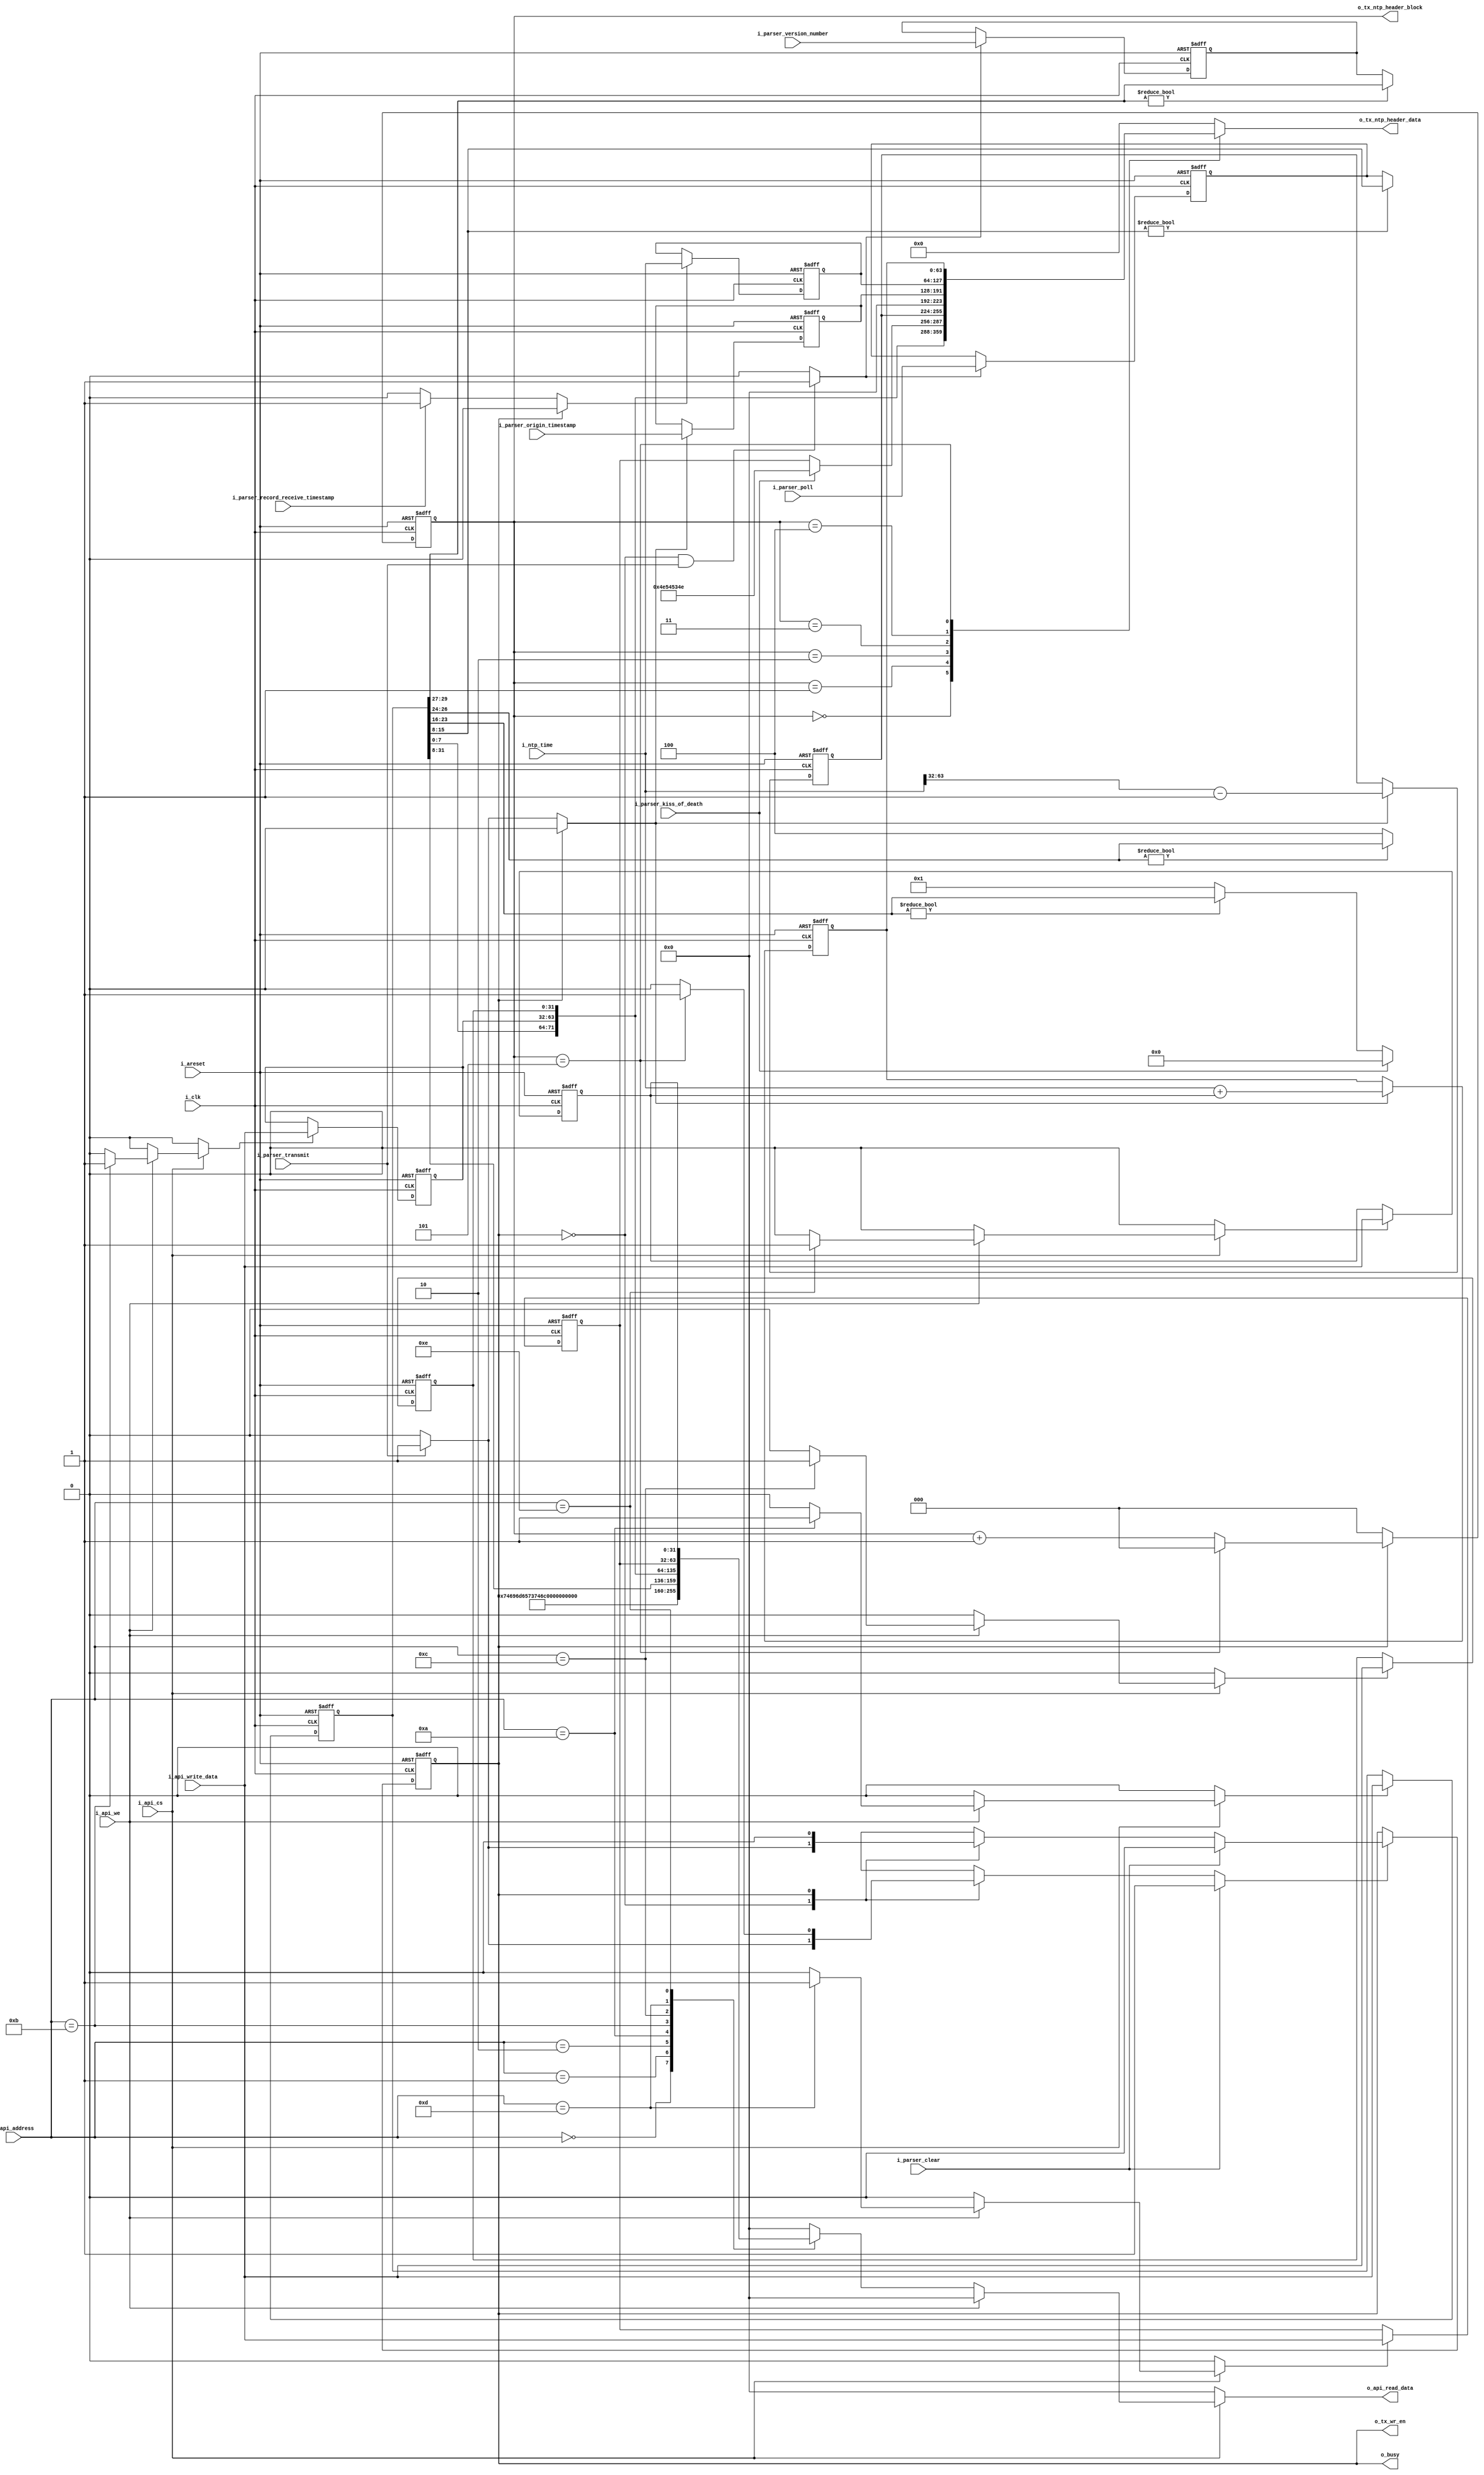
//======================================================================
//
// nts_timestamp.v
// ---------------
// NTS packet timestamp functionality.
//
//
//
//
// Copyright 2019 Netnod Internet Exchange i Sverige AB
//
// Redistribution and use in source and binary forms, with or without
// modification, are permitted provided that the following conditions
// are met:
//
// 1. Redistributions of source code must retain the above copyright
//    notice, this list of conditions and the following disclaimer.
//
// 2. Redistributions in binary form must reproduce the above copyright
//    notice, this list of conditions and the following disclaimer in
//    the documentation and/or other materials provided with the
//    distribution.
//
// 3. Neither the name of the copyright holder nor the names of its
//    contributors may be used to endorse or promote products derived
//    from this software without specific prior written permission.
//
// THIS SOFTWARE IS PROVIDED BY THE COPYRIGHT HOLDERS AND CONTRIBUTORS
// "AS IS" AND ANY EXPRESS OR IMPLIED WARRANTIES, INCLUDING, BUT NOT
// LIMITED TO, THE IMPLIED WARRANTIES OF MERCHANTABILITY AND FITNESS
// FOR A PARTICULAR PURPOSE ARE DISCLAIMED. IN NO EVENT SHALL THE
// COPYRIGHT HOLDER OR CONTRIBUTORS BE LIABLE FOR ANY DIRECT, INDIRECT,
// INCIDENTAL, SPECIAL, EXEMPLARY, OR CONSEQUENTIAL DAMAGES (INCLUDING,
// BUT NOT LIMITED TO, PROCUREMENT OF SUBSTITUTE GOODS OR SERVICES;
// LOSS OF USE, DATA, OR PROFITS; OR BUSINESS INTERRUPTION) HOWEVER
// CAUSED AND ON ANY THEORY OF LIABILITY, WHETHER IN CONTRACT, STRICT
// LIABILITY, OR TORT (INCLUDING NEGLIGENCE OR OTHERWISE) ARISING IN
// ANY WAY OUT OF THE USE OF THIS SOFTWARE, EVEN IF ADVISED OF THE
// POSSIBILITY OF SUCH DAMAGE.
//
//======================================================================

module nts_timestamp (
  input wire  i_areset, // async reset
  input wire  i_clk,

  // NTP time
  input wire  [ 63 : 0 ] i_ntp_time,

  // Timestamp module is busy. Needed by parser etc
  output wire          o_busy,


  // Parsed information
  input wire           i_parser_clear, //parser request ignore current packet
  input wire           i_parser_record_receive_timestamp,
  input wire           i_parser_transmit, //parser signal packet transmit OK
  input wire  [63 : 0] i_parser_origin_timestamp,
  input wire  [ 2 : 0] i_parser_version_number,
  input wire  [ 7 : 0] i_parser_poll,
  input wire           i_parser_kiss_of_death,

  output wire          o_tx_wr_en,
  output wire [ 2 : 0] o_tx_ntp_header_block,
  output wire [63 : 0] o_tx_ntp_header_data,

  // API access
  input wire           i_api_cs,
  input wire           i_api_we,
  input wire   [7 : 0] i_api_address,
  input wire  [31 : 0] i_api_write_data,
  output wire [31 : 0] o_api_read_data
);
  //----------------------------------------------------------------
  // API related local constants
  //----------------------------------------------------------------
  localparam ADDR_NAME0   = 8'h00;
  localparam ADDR_NAME1   = 8'h01;
  localparam ADDR_VERSION = 8'h02;

  localparam ADDR_NTP_CONFIG        = 8'h0a;
  localparam ADDR_NTP_ROOT_DELAY    = 8'h0b;
  localparam ADDR_NTP_ROOT_DISP     = 8'h0c;
  localparam ADDR_NTP_REF_ID        = 8'h0d;
  localparam ADDR_NTP_TX_OFS        = 8'h0e;

  localparam CORE_NAME0   = 32'h74696d65; //"time"
  localparam CORE_NAME1   = 32'h73746d70; //"stmp"
  localparam CORE_VERSION = 32'h302e3032; //"0.02"

  //----------------------------------------------------------------
  // NTP related locaal constants
  //----------------------------------------------------------------
  localparam        NTP_HEADER_BITS      = 384;
  localparam        NTP_HEADER_BLOCKS    = NTP_HEADER_BITS/64; //6
  localparam  [2:0] NTP_HEADER_BLOCKS_M1 = NTP_HEADER_BLOCKS[2:0] - 1;

  //----------------------------------------------------------------
  // NTS related locaal constants
  //----------------------------------------------------------------

  localparam [31:0] NTS_KISS_OF_DEATH = 32'h4e_54_53_4e; //"NTSN"

  //----------------------------------------------------------------
  // States
  //----------------------------------------------------------------

  localparam STATE_BITS = 1;

  localparam [STATE_BITS-1 : 0] STATE_IDLE      = 0;
  localparam [STATE_BITS-1 : 0] STATE_TX_WRITE  = 1;

  //----------------------------------------------------------------
  // reg
  //----------------------------------------------------------------
  reg        ntp_config_we;      // LI | VN | Mode | Stratum | Poll | Precision
  reg [31:0] ntp_config_new;     // LI | VN | Mode | Stratum | Poll | Precision
  reg [31:0] ntp_config_reg;     // LI | VN | Mode | Stratum | Poll | Precision
  reg        ntp_root_delay_we;  // Root Delay
  reg [31:0] ntp_root_delay_new; // Root Delay
  reg [31:0] ntp_root_delay_reg; // Root Delay

  reg        ntp_root_disp_we;   // Root Dispersion
  reg [31:0] ntp_root_disp_new;  // Root Dispersion
  reg [31:0] ntp_root_disp_reg;  // Root Dispersion

  reg        ntp_ref_id_we;      // Reference ID
  reg [31:0] ntp_ref_id_new;     // Reference ID
  reg [31:0] ntp_ref_id_reg;     // Reference ID

  reg        ntp_tx_ofs_we;      // TX offset
  reg [31:0] ntp_tx_ofs_new;     // TX offset
  reg [31:0] ntp_tx_ofs_reg;     // TX offset


  reg        p_client_poll_we;
  reg  [7:0] p_client_poll_new;
  reg  [7:0] p_client_poll_reg;

  reg        p_origin_timestamp_we;
  reg [63:0] p_origin_timestamp_new;
  reg [63:0] p_origin_timestamp_reg;

  reg        p_reference_timestamp_seconds_we;
  reg [31:0] p_reference_timestamp_seconds_new;
  reg [31:0] p_reference_timestamp_seconds_reg;

  reg        p_receive_timestamp_we;
  reg [63:0] p_receive_timestamp_new;
  reg [63:0] p_receive_timestamp_reg;

  reg        p_transmit_timestamp_we;
  reg [63:0] p_transmit_timestamp_new;
  reg [63:0] p_transmit_timestamp_reg;

  reg        p_version_number_we;
  reg  [2:0] p_version_number_new;
  reg  [2:0] p_version_number_reg;

  reg  [STATE_BITS-1:0] state_we;
  reg  [STATE_BITS-1:0] state_new;
  reg  [STATE_BITS-1:0] state_reg;

  reg        tx_counter_we;
  reg  [2:0] tx_counter_new; //0..5
  reg  [2:0] tx_counter_reg; //0..5

  //----------------------------------------------------------------
  // Wires.
  //----------------------------------------------------------------

  reg  [31:0] api_tmp_read_data;

  reg  [63:0] tmp_ntp_data;

  wire [63:0] ntp_ref_ts;

  wire [ 1:0] p_LI;
  wire [ 2:0] p_VN;
  wire [ 2:0] p_MODE;
  wire [ 7:0] p_STRATUM;
  wire [ 7:0] p_POLL;
  wire [ 7:0] p_PRECISION;

  wire [NTP_HEADER_BITS-1 : 0] packet;

  //----------------------------------------------------------------
  // Concurrent connectivity for ports etc.
  //----------------------------------------------------------------

  assign o_api_read_data = api_tmp_read_data;

  assign o_busy = state_reg != STATE_IDLE;

  assign ntp_ref_ts[63:32] = p_reference_timestamp_seconds_reg;
  assign ntp_ref_ts[31: 0] = 32'b0; // Fraction

  assign p_LI        = ntp_config_reg[31:30];
  assign p_VN        = ntp_config_reg[29:27] != 3'b0 ? ntp_config_reg[29:27] : p_version_number_reg;
  assign p_MODE      = ntp_config_reg[26:24] != 3'b0 ? ntp_config_reg[26:24] : 3'd4 /* NTPv4 */;
  assign p_STRATUM   = i_parser_kiss_of_death ? 8'h0 //rfc5905 7.4 Kiss-o'-Death
                     : (ntp_config_reg[23:16] != 8'b0 ? ntp_config_reg[23:16] : 8'd1);
  assign p_POLL      = ntp_config_reg[15:8]  != 8'b0 ? ntp_config_reg[15:8]  : p_client_poll_reg;
  assign p_PRECISION = ntp_config_reg[7:0];

/*
 0                   1                   2                   3
 0 1 2 3 4 5 6 7 8 9 0 1 2 3 4 5 6 7 8 9 0 1 2 3 4 5 6 7 8 9 0 1
 +-+-+-+-+-+-+-+-+-+-+-+-+-+-+-+-+-+-+-+-+-+-+-+-+-+-+-+-+-+-+-+-+
 |LI | VN  |Mode |    Stratum     |     Poll      |  Precision   |
 +-+-+-+-+-+-+-+-+-+-+-+-+-+-+-+-+-+-+-+-+-+-+-+-+-+-+-+-+-+-+-+-+
 |                         Root Delay                            |
 +-+-+-+-+-+-+-+-+-+-+-+-+-+-+-+-+-+-+-+-+-+-+-+-+-+-+-+-+-+-+-+-+
 |                         Root Dispersion                       |
 +-+-+-+-+-+-+-+-+-+-+-+-+-+-+-+-+-+-+-+-+-+-+-+-+-+-+-+-+-+-+-+-+
 |                          Reference ID                         |
 +-+-+-+-+-+-+-+-+-+-+-+-+-+-+-+-+-+-+-+-+-+-+-+-+-+-+-+-+-+-+-+-+
 |                                                               |
 +                     Reference Timestamp (64)                  +
 |                                                               |
 +-+-+-+-+-+-+-+-+-+-+-+-+-+-+-+-+-+-+-+-+-+-+-+-+-+-+-+-+-+-+-+-+
 |                                                               |
 +                      Origin Timestamp (64)                    +
 |                                                               |
 +-+-+-+-+-+-+-+-+-+-+-+-+-+-+-+-+-+-+-+-+-+-+-+-+-+-+-+-+-+-+-+-+
 |                                                               |
 +                      Receive Timestamp (64)                   +
 |                                                               |
 +-+-+-+-+-+-+-+-+-+-+-+-+-+-+-+-+-+-+-+-+-+-+-+-+-+-+-+-+-+-+-+-+
 |                                                               |
 +                      Transmit Timestamp (64)                  +
 |                                                               |
*/
  assign packet = { p_LI, p_VN, p_MODE, p_STRATUM, p_POLL, p_PRECISION,
                    ntp_root_delay_reg,
                    ntp_root_disp_reg,
                    i_parser_kiss_of_death ? NTS_KISS_OF_DEATH : ntp_ref_id_reg,
                    ntp_ref_ts,
                    p_origin_timestamp_reg,
                    p_receive_timestamp_reg,
                    p_transmit_timestamp_reg
                  };

  assign o_tx_wr_en            = (state_reg == STATE_TX_WRITE);
  assign o_tx_ntp_header_data  = tmp_ntp_data;
  assign o_tx_ntp_header_block = tx_counter_reg;

  always @*
  begin : tx_mux
    tmp_ntp_data = 0;
    case (tx_counter_reg)
      0: tmp_ntp_data = packet[NTP_HEADER_BITS -   1 : NTP_HEADER_BITS -  64 ];
      1: tmp_ntp_data = packet[NTP_HEADER_BITS -  65 : NTP_HEADER_BITS - 128 ];
      2: tmp_ntp_data = packet[NTP_HEADER_BITS - 129 : NTP_HEADER_BITS - 192 ];
      3: tmp_ntp_data = packet[NTP_HEADER_BITS - 193 : NTP_HEADER_BITS - 256 ];
      4: tmp_ntp_data = packet[NTP_HEADER_BITS - 257 : NTP_HEADER_BITS - 320 ];
      5: tmp_ntp_data = packet[NTP_HEADER_BITS - 321 : NTP_HEADER_BITS - 384 ];
      default: ;
    endcase
  end

  //----------------------------------------------------------------
  // Register update
  //----------------------------------------------------------------
  always @(posedge i_clk or posedge i_areset)
  begin : reg_update
    if (i_areset) begin
      ntp_config_reg        <= 'b0;
      ntp_root_delay_reg    <= 'b0;
      ntp_root_disp_reg     <= 'b0;
      ntp_ref_id_reg        <= 'b0;
      ntp_tx_ofs_reg        <= 'b0;

      p_client_poll_reg       <= 'b0;
      p_origin_timestamp_reg  <= 'b0;
      p_receive_timestamp_reg <= 'b0;
      p_version_number_reg    <= 'b0;

      p_reference_timestamp_seconds_reg <= 'b0;
      p_transmit_timestamp_reg <= 'b0;

      state_reg <= 'b0;

      tx_counter_reg <= 'b0;

    end else begin
      if (ntp_config_we)
        ntp_config_reg <= ntp_config_new;

      if (ntp_root_delay_we)
        ntp_root_delay_reg <= ntp_root_delay_new;

      if (ntp_root_disp_we)
        ntp_root_disp_reg <= ntp_root_disp_new;

      if (ntp_ref_id_we)
        ntp_ref_id_reg  <= ntp_ref_id_new;

      if (ntp_tx_ofs_we)
        ntp_tx_ofs_reg <= ntp_tx_ofs_new;

      if (p_client_poll_we)
        p_client_poll_reg <= p_client_poll_new;

      if (p_origin_timestamp_we)
        p_origin_timestamp_reg <= p_origin_timestamp_new;

      if (p_reference_timestamp_seconds_we)
        p_reference_timestamp_seconds_reg <= p_reference_timestamp_seconds_new;

      if (p_receive_timestamp_we)
        p_receive_timestamp_reg <= p_receive_timestamp_new;

      if (p_transmit_timestamp_we)
        p_transmit_timestamp_reg <= p_transmit_timestamp_new;

      if (p_version_number_we)
        p_version_number_reg <= p_version_number_new;

      if (state_we)
        state_reg <= state_new;

      if (tx_counter_we)
        tx_counter_reg <= tx_counter_new;

    end
  end

  //----------------------------------------------------------------
  // timpestamps
  //----------------------------------------------------------------

  always @*
  begin : rx_timing
    p_origin_timestamp_we   = 'b0;
    p_receive_timestamp_we  = 'b0;
    p_transmit_timestamp_we = 'b0;
    p_reference_timestamp_seconds_we = 'b0;

    p_origin_timestamp_new   = i_parser_origin_timestamp;
    p_receive_timestamp_new  = i_ntp_time;
    p_transmit_timestamp_new = i_ntp_time + { 32'b0, ntp_tx_ofs_reg }; //TODO NTP design has various constants added here as well
    p_reference_timestamp_seconds_new = i_ntp_time[63:32] - 1; // Create a reference timestamp assuming it was set one the previous PPS.

    // TODO: Future improvement; singal reftime from ntp_clock_top.

    if (state_reg == STATE_IDLE) begin
      if (i_parser_record_receive_timestamp)
        p_receive_timestamp_we = 'b1;

      if (i_parser_transmit) begin
        p_origin_timestamp_we   = 'b1;
        p_transmit_timestamp_we = 'b1;
        p_reference_timestamp_seconds_we = 'b1;
      end
    end

  end

  //----------------------------------------------------------------
  // Parser regs
  //----------------------------------------------------------------

  always @*
  begin : parser
    p_version_number_we = 'b0;
    p_client_poll_we    = 'b0;

    p_version_number_new = i_parser_version_number;
    p_client_poll_new    = i_parser_poll;

    if (state_reg == STATE_IDLE && i_parser_transmit) begin
      p_version_number_we = 'b1;
      p_client_poll_we    = 'b1;
    end
  end

  //----------------------------------------------------------------
  // State
  //----------------------------------------------------------------

  always @*
  begin : state_process
    state_we  = 'b0;
    state_new = STATE_IDLE;
    if (i_parser_clear) begin
      state_we = 'b1;
    end else begin
      case (state_reg)
        STATE_IDLE:
           if (i_parser_transmit) begin
            state_we  = 'b1;
            state_new = STATE_TX_WRITE;
          end
        STATE_TX_WRITE:
          begin
            if (tx_counter_reg == NTP_HEADER_BLOCKS_M1) begin
              state_we  = 'b1;
              state_new = STATE_IDLE;
            end
          end
        default:
          begin
            state_we  = 'b1;
            state_new = STATE_IDLE;
          end
      endcase
    end
  end

  always @*
  begin : tx_fifo_counter_process
    tx_counter_we  = 'b0;
    tx_counter_new = 'b0;
    if (state_reg == STATE_TX_WRITE) begin
      tx_counter_we  = 'b1;
      if (tx_counter_reg == NTP_HEADER_BLOCKS_M1) begin
        tx_counter_new = 'b0;
      end else begin
        tx_counter_new = tx_counter_reg + 1;
      end
    end else begin
      tx_counter_we  = 'b1; //reset counter in other states
    end
  end

  //----------------------------------------------------------------
  // api
  //----------------------------------------------------------------
  always @*
  begin : api
    api_tmp_read_data  = 32'h0;

    ntp_config_we      = 'b0;
    ntp_root_delay_we  = 'b0;
    ntp_root_disp_we   = 'b0;
    ntp_ref_id_we      = 'b0;
    ntp_tx_ofs_we      = 'b0;

    ntp_config_new     = i_api_write_data;
    ntp_root_delay_new = i_api_write_data;
    ntp_root_disp_new  = i_api_write_data;
    ntp_ref_id_new     = i_api_write_data;
    ntp_tx_ofs_new     = i_api_write_data;

    if (i_api_cs) begin
      if (i_api_we) begin
        case (i_api_address)
          ADDR_NTP_CONFIG:     ntp_config_we      = 'b1;
          ADDR_NTP_ROOT_DELAY: ntp_root_delay_we  = 'b1;
          ADDR_NTP_ROOT_DISP:  ntp_root_disp_we   = 'b1;
          ADDR_NTP_REF_ID:     ntp_ref_id_we      = 'b1;
          ADDR_NTP_TX_OFS:     ntp_tx_ofs_we      = 'b1;

          default: ;
        endcase
      end else begin // read
        case (i_api_address)
          ADDR_NAME0:   api_tmp_read_data = CORE_NAME0;
          ADDR_NAME1:   api_tmp_read_data = CORE_NAME1;
          ADDR_VERSION: api_tmp_read_data = CORE_VERSION;

          ADDR_NTP_CONFIG:     api_tmp_read_data = ntp_config_reg;
          ADDR_NTP_ROOT_DELAY: api_tmp_read_data = ntp_root_delay_reg;
          ADDR_NTP_ROOT_DISP:  api_tmp_read_data = ntp_root_disp_reg;
          ADDR_NTP_REF_ID:     api_tmp_read_data = ntp_ref_id_reg;
          ADDR_NTP_TX_OFS:     api_tmp_read_data = ntp_tx_ofs_reg;

          default: ;
        endcase
      end // end read
    end // end cs
  end
endmodule